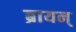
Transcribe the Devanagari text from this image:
ब्रायन्